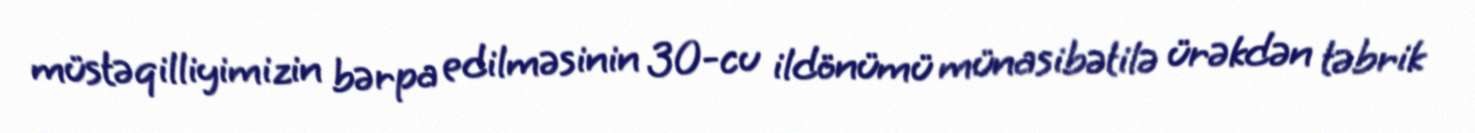
müstəqilliyimizin bərpa edilməsinin 30-cu ildönümü münasibətilə ürəkdən təbrik